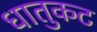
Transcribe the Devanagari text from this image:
धातुकट